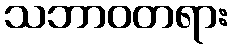
သဘာဝတရား